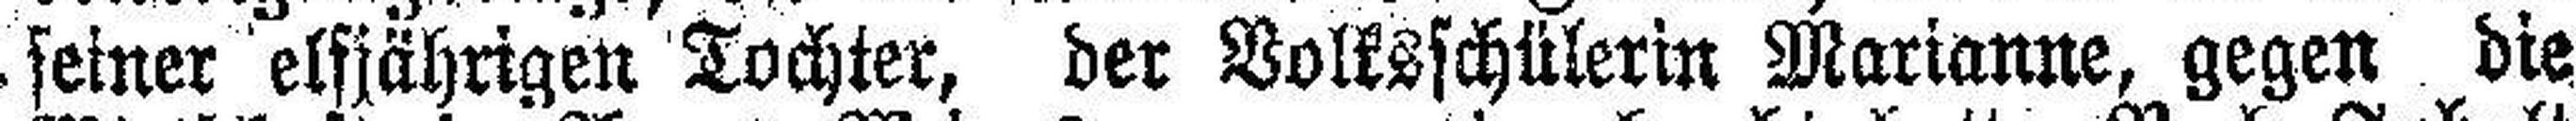
seiner elfjährigen Tochter, der Volksschülerin Marianne, gegen die